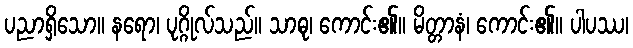
ပညာရှိသော။ နရော၊ ပုဂ္ဂိုလ်သည်။ သာဓု၊ ကောင်း၏။ မိတ္တာနံ၊ ကောင်း၏။ ပါပဿ၊